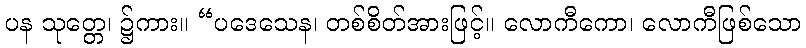
ပန သုတ္တေ၊ ၌ကား။ “ပဒေသေန၊ တစ်စိတ်အားဖြင့်။ လောကီကော၊ လောကီဖြစ်သော